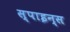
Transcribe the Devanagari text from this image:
स्पाइन्स